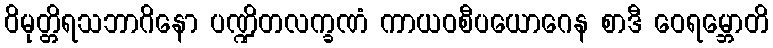
ဝိမုတ္တိရသဘာဂိနော ပဏ္ဍိတလက္ခဏံ ကာယဝစီပယောဂေန စာဒီ ဝေရမ္ဘောတိ